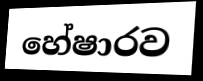
හේෂාරව